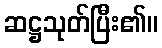
ဆဋ္ဌသုတ်ပြီး၏။